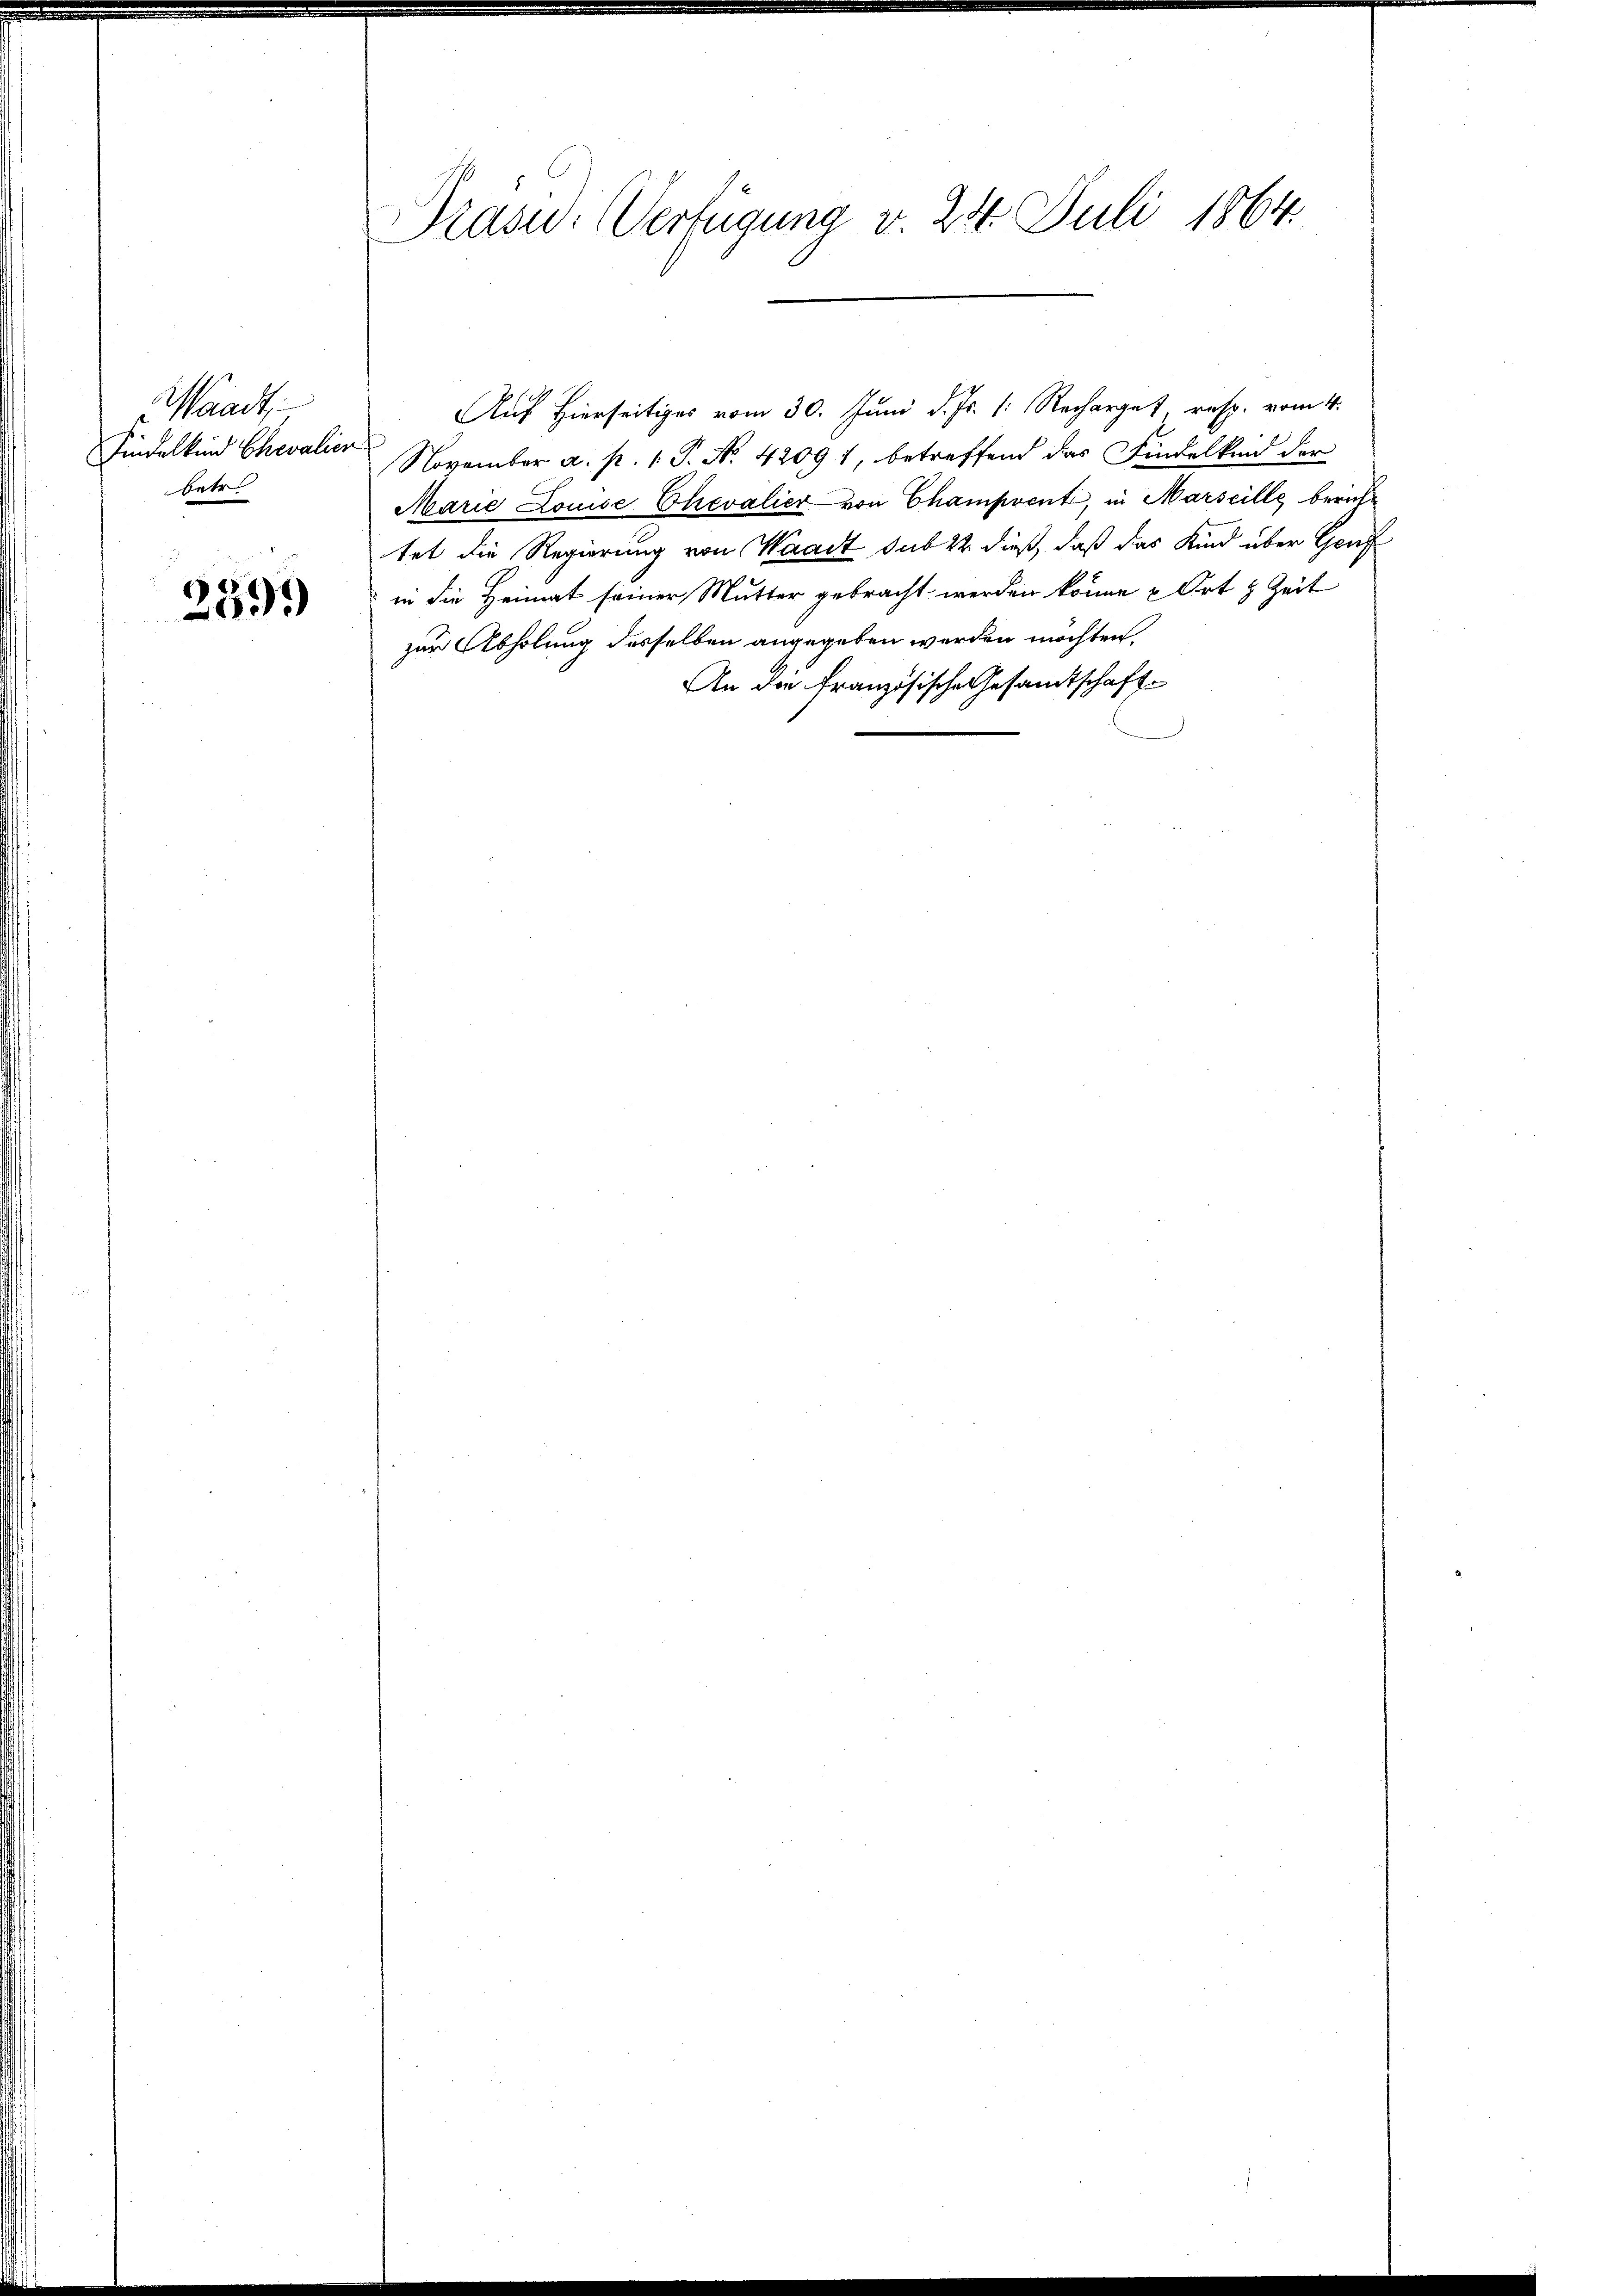
aadt,
Findelkind Chevalier
betr

e
093)

Präsid. Verfügung v. 24. Juli 1864.

Auf Hierseitiges vom 30. Juni d. Js. 1. Recharget, resp. vom 4.
November a. p. 1. P. N. 42091, betreffend das Findelken der
Marie Lomie Chevalier von Champrent, in Marseille bericht
tet die Regierung von Waadt sub 22. dieß, daß das Kind über Gen
in die Heimat seiner Mutter gebracht werden könne u Ort 8 Zeit
zur Abholung desselben angegeben werden möchten,
An die Französische Gesamtschaft